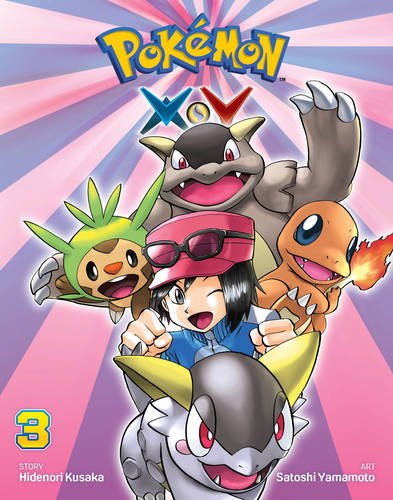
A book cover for PokÃ©mon XY, Vol. 3 (Pokemon); Hidenori Kusaka; Children's Books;